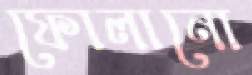
ফোলানো